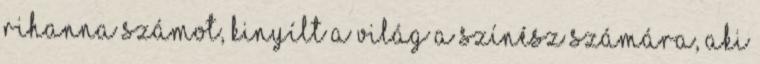
Rihanna számot, kinyílt a világ a színész számára, aki